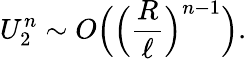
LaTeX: U_{2}^{n}\sim O\Big(\Big(\frac{R}{\ell}\Big)^{n-1}\Big).